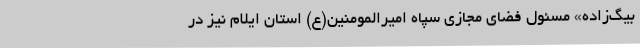
بیگ‌زاده» مسئول فضای مجازی سپاه امیرالمومنین(ع) استان ایلام نیز در